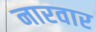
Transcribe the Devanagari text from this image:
नारवार